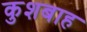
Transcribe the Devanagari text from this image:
कुशबाह